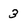
Character: 3